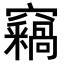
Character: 𥩈